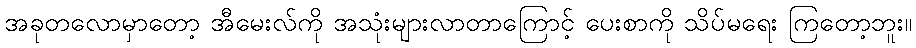
အခုတလောမှာတော့ အီမေးလ်ကို အသုံးများလာတာကြောင့် ပေးစာကို သိပ်မရေး ကြတော့ဘူး။